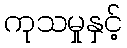
ကုသမှုနှင့်